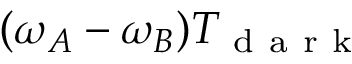
( \omega _ { A } - \omega _ { B } ) T _ { \mathrm { ~ d ~ a ~ r ~ k ~ } }